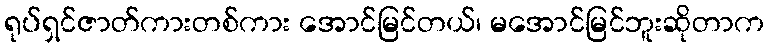
ရုပ်ရှင်ဇာတ်ကားတစ်ကား အောင်မြင်တယ်၊ မအောင်မြင်ဘူးဆိုတာက